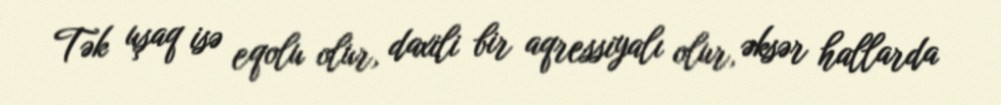
Tək uşaq isə eqolu olur, daxili bir aqressiyalı olur, əksər hallarda